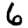
Digit: 6